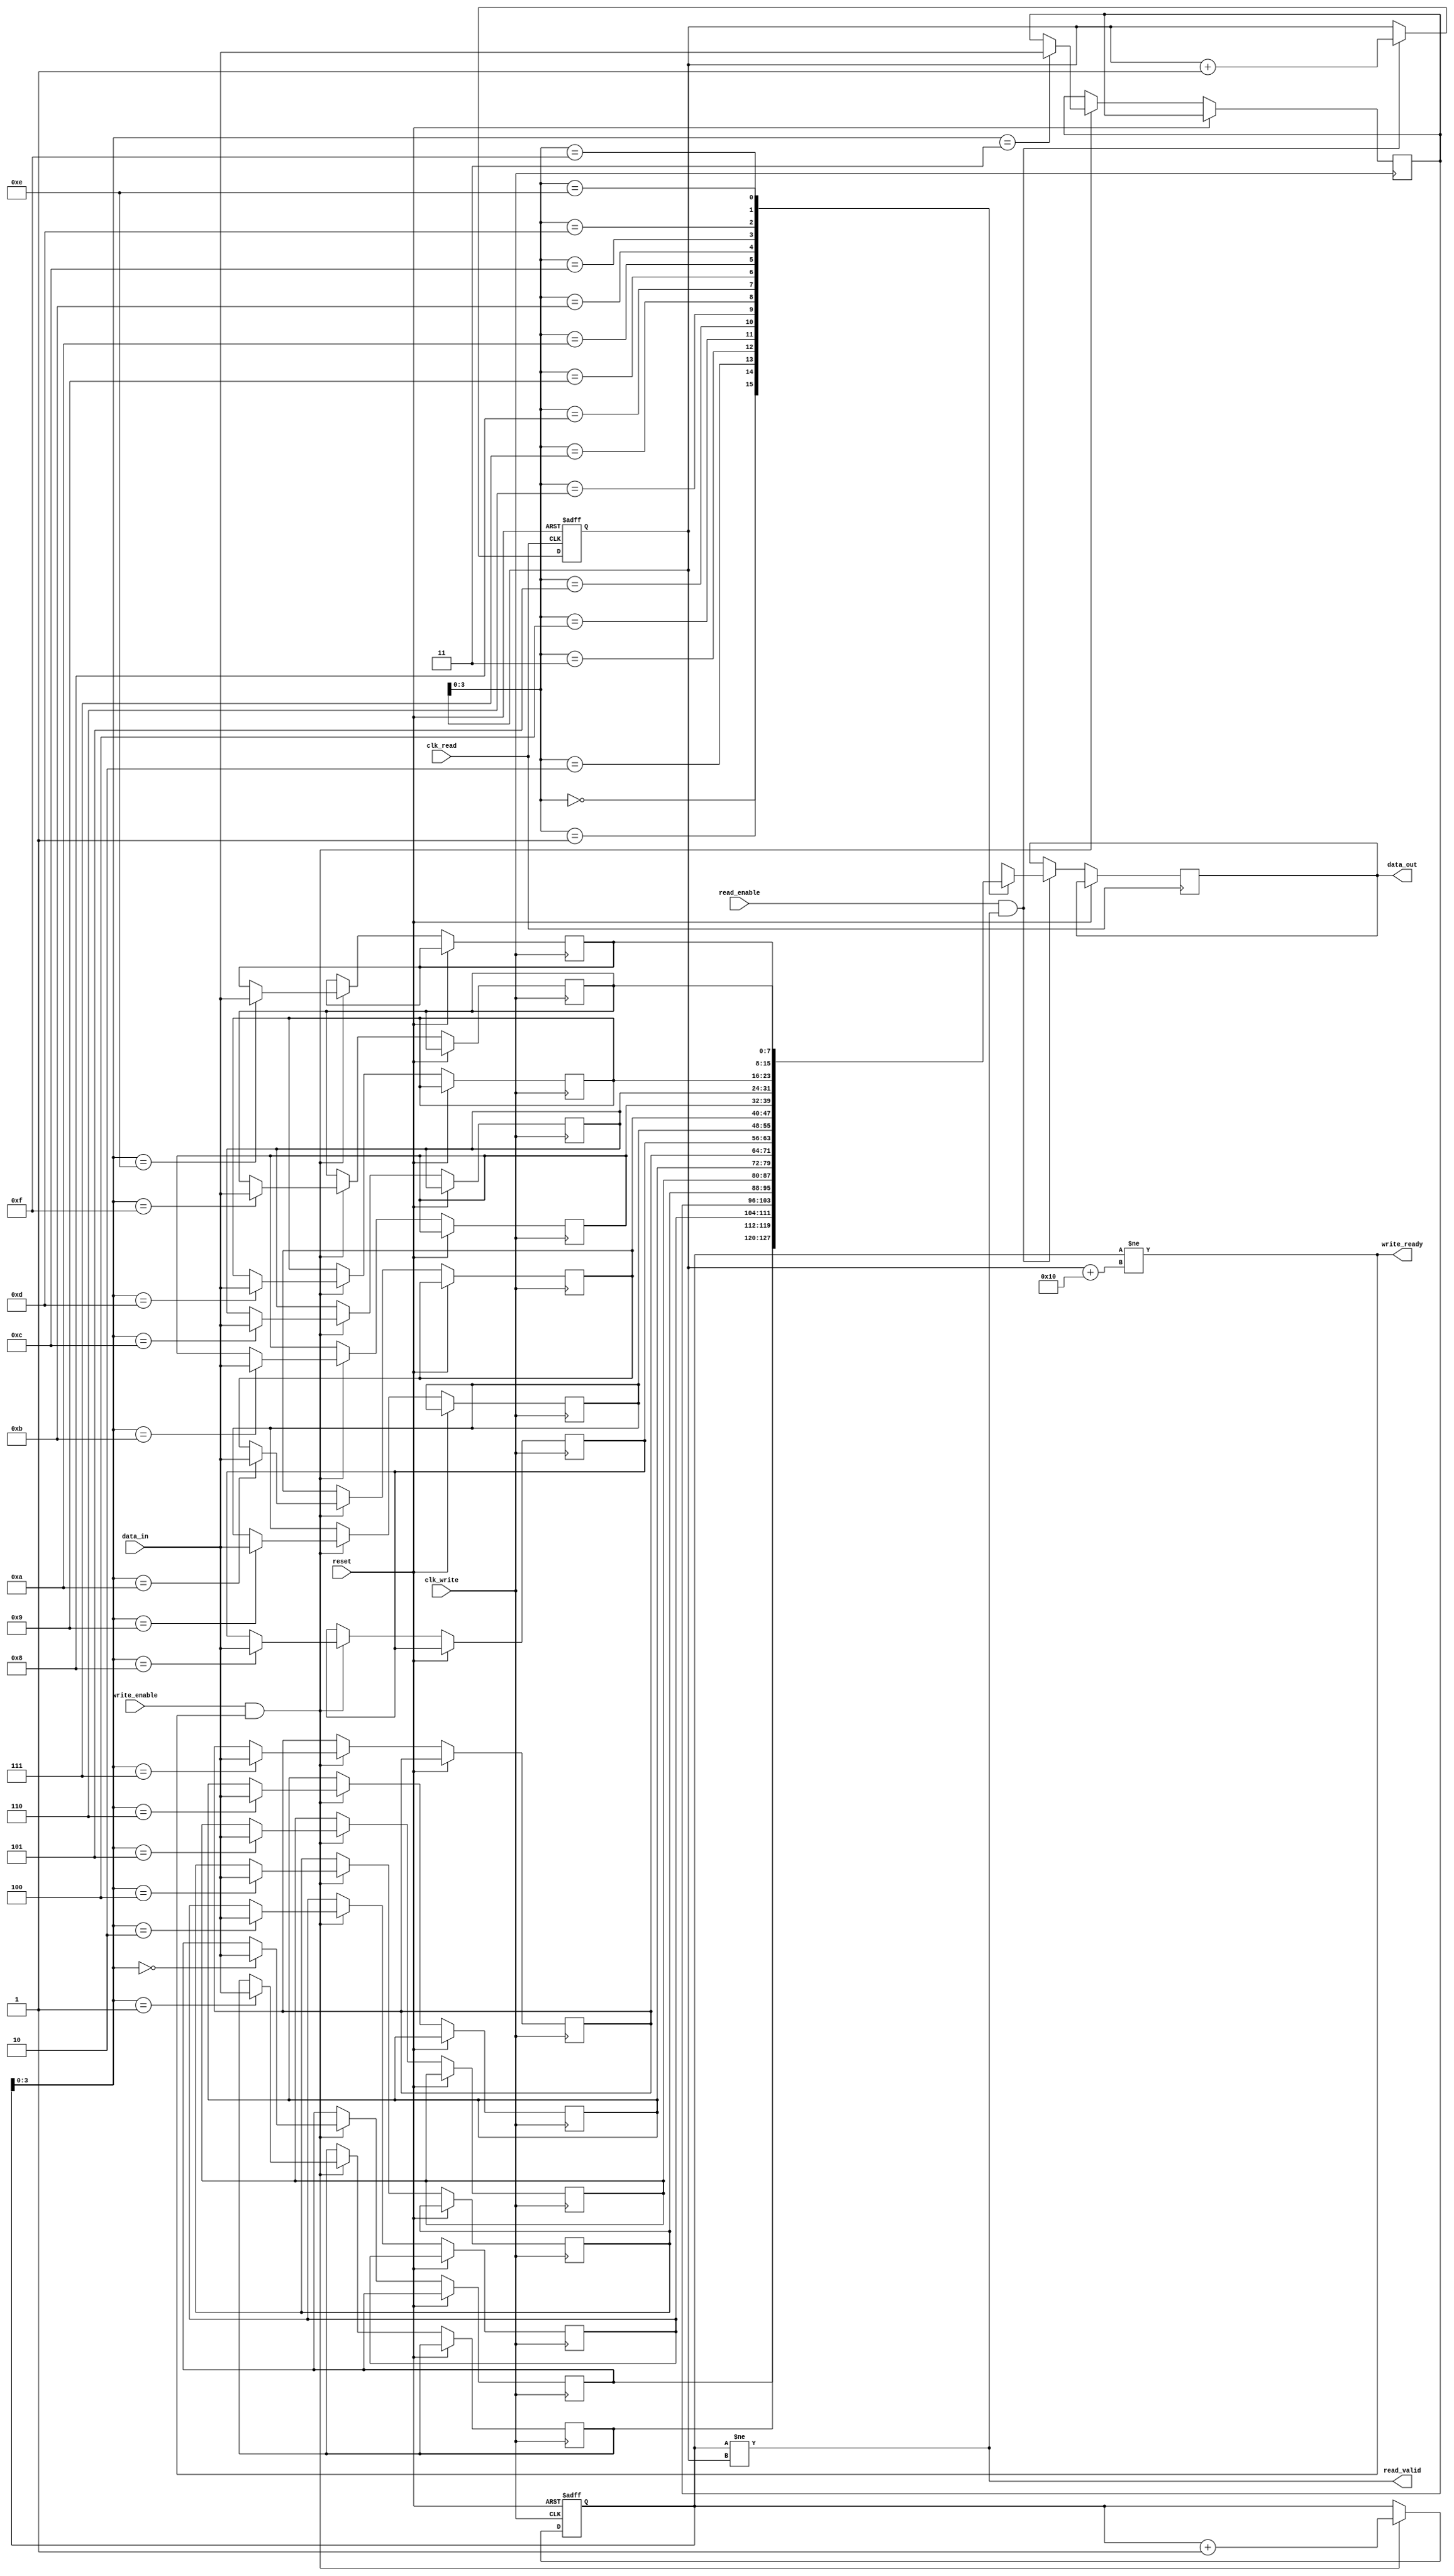
module asynchronous_fifo (
    input wire clk_write, // clock signal for write operation
    input wire clk_read, // clock signal for read operation
    input wire reset, // reset signal

    input wire write_enable, // write enable signal
    input wire [WIDTH-1:0] data_in, // input data
    output wire write_ready, // write ready signal
    
    input wire read_enable, // read enable signal
    output wire [WIDTH-1:0] data_out, // output data
    output wire read_valid // read valid signal
);

parameter WIDTH = 8; // width of data bus
parameter DEPTH = 16; // depth of FIFO buffer

reg [WIDTH-1:0] fifo [0:DEPTH-1]; // FIFO buffer
reg [DEPTH-1:0] write_ptr = 0; // write pointer
reg [DEPTH-1:0] read_ptr = 0; // read pointer

always @(posedge clk_write or posedge reset) begin
    if (reset) begin
        write_ptr <= 0;
    end else begin
        if (write_enable && write_ready) begin
            fifo[write_ptr] <= data_in;
            write_ptr <= write_ptr + 1;
        end
    end
end

always @(posedge clk_read or posedge reset) begin
    if (reset) begin
        read_ptr <= 0;
    end else begin
        if (read_enable && read_valid) begin
            data_out <= fifo[read_ptr];
            read_ptr <= read_ptr + 1;
        end
    end
end

assign write_ready = (write_ptr != read_ptr + DEPTH);
assign read_valid = (write_ptr != read_ptr);

endmodule